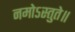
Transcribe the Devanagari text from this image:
नमोऽस्तुते॥